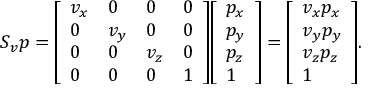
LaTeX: S _ { v } p = { \left[ \begin{array} { l l l l } { v _ { x } } & { 0 } & { 0 } & { 0 } \\ { 0 } & { v _ { y } } & { 0 } & { 0 } \\ { 0 } & { 0 } & { v _ { z } } & { 0 } \\ { 0 } & { 0 } & { 0 } & { 1 } \end{array} \right] } { \left[ \begin{array} { l } { p _ { x } } \\ { p _ { y } } \\ { p _ { z } } \\ { 1 } \end{array} \right] } = { \left[ \begin{array} { l } { v _ { x } p _ { x } } \\ { v _ { y } p _ { y } } \\ { v _ { z } p _ { z } } \\ { 1 } \end{array} \right] } .